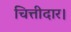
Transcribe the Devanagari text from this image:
चित्तीदार।